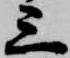
三